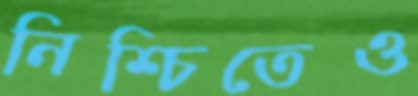
নিশ্চিতেও